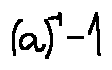
( a ) ^ { - 1 } - 1